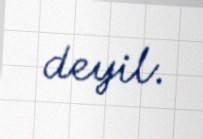
deyil.